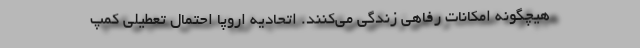
هیچگونه امکانات رفاهی زندگی می‌کنند. اتحادیه اروپا احتمال تعطیلی کمپ